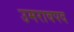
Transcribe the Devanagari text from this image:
उमरावपद